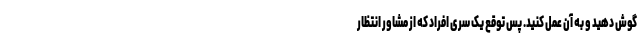
گوش دهید و به آن عمل کنید. پس توقع یک سری افراد که از مشاور انتظار